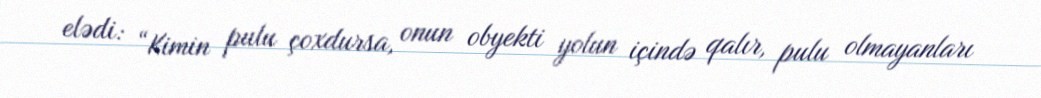
elədi: “Kimin pulu çoxdursa, onun obyekti yolun içində qalır, pulu olmayanları